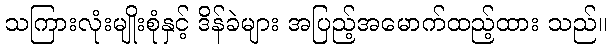
သကြားလုံးမျိုးစုံနှင့် ဒိန်ခဲများ အပြည့်အမောက်ထည့်ထား သည်။